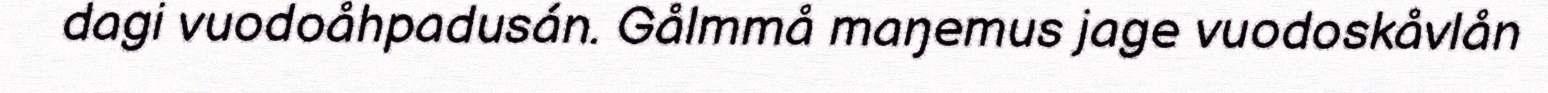
dagi vuodoåhpadusán. Gålmmå maŋemus jage vuodoskåvlån